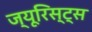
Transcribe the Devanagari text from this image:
ज्यूरिस्ट्स